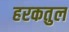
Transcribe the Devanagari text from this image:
हरकतुल